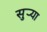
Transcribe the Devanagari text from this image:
सुर्‍या